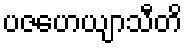
ပဇဟေယျာသီတိ